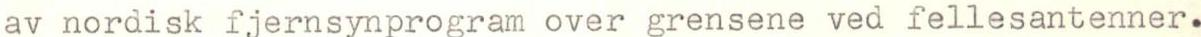
av nordisk fjernsynprogram over grensene ved fellesantenner.